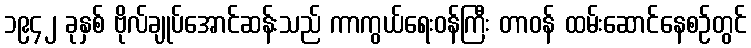
၁၉၄၂ ခုနှစ် ဗိုလ်ချုပ်အောင်ဆန်းသည် ကာကွယ်ရေးဝန်ကြီး တာဝန် ထမ်းဆောင်နေစဉ်တွင်